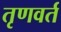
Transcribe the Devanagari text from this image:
तृणवर्त